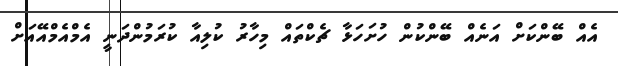
އެއް ބޭންކަށް އަނެއް ބޭންކުން ހުށަހަޅާ ޗެކްތައް މިހާރު ކުލިއާ ކުރަމުންދަނީ އެމްއެމްއޭއަށް